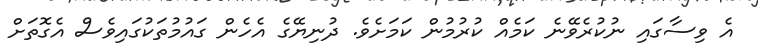
އެ ވިސާގައި ނުކުރެވޭނެ ކަމެއް ކުރުމުން ކަމަށެވެ. ދުނިޔޭގެ އެހެން ގައުމުތަކުގައިވެސް އެގޮތަށް